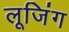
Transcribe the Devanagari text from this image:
लूजिंग